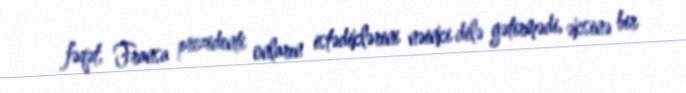
fəqət, Fransa prezidenti onların istədiklərini nəinki dilə gətirmədi, əksinə bir